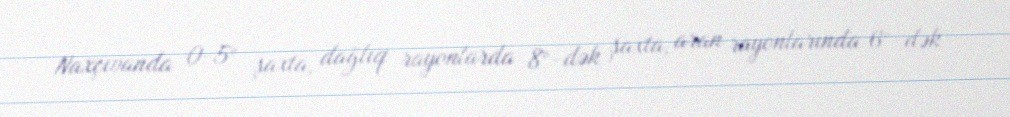
Naxçıvanda 0-5° şaxta, dağlıq rayonlarda 8°-dək şaxta, aran rayonlarında 6°-dək